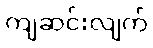
ကျဆင်းလျက်